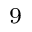
_ 9